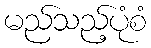
မည်သည့်ပုံစံ